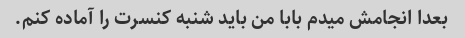
بعدا انجامش میدم بابا من باید شنبه کنسرت را آماده کنم.